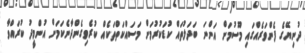
ދުނިޔޭގެ ފެންވަރެއްގައި މޫސުމަށް އަންނަ ބަދަލުތައް ކުޑަކުރުމަށް މަސައްކަތްތަކެއް ކުރެވިގެންދާނެކަމަށް އުންމީދު ކުރައްވާ